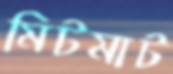
মিটমাট